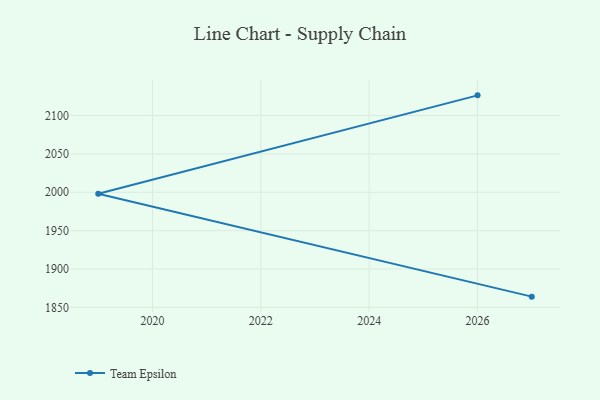
{"axis": {"x": "Year", "y": "Demand Index"}, "legend": ["Team Epsilon"], "data": [{"x": "2027", "y": 1864.0, "type": "Team Epsilon"}, {"x": "2019", "y": 1998.2, "type": "Team Epsilon"}, {"x": "2026", "y": 2126.3, "type": "Team Epsilon"}]}